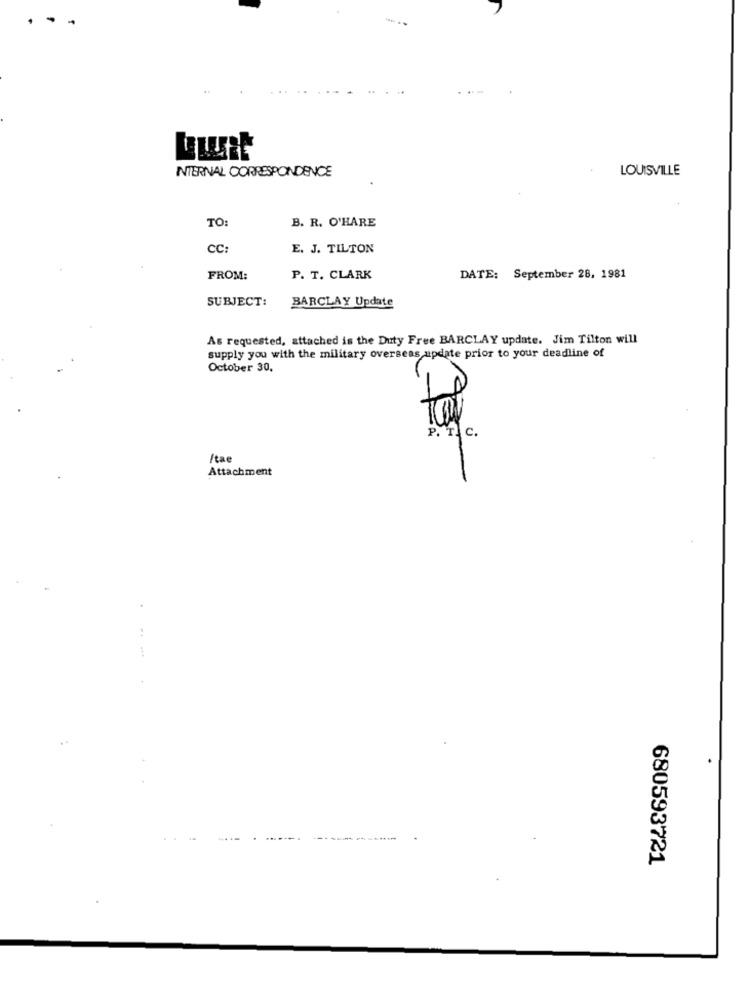
...
LOUISVILLE
INTERNAL CORRESPONDENCE
B. R. O'HARE
TO:
CC:
E. J. TILTON
FROM:
P. T. CLARK
DATE: September 28, 1981
SUBJECT:
BARCLAY Update
As requested, attached is the Duty Free BARCLAY update. Jim Tilton will
supply you with the military overseas update prior to your deadline of
October 30,
P. T. c.
/tae
Attachment
680593721